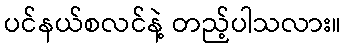
ပင်နယ်စလင်နဲ့ တည့်ပါသလား။